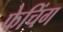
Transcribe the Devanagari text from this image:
फेचिंग